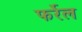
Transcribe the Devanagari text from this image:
फर्रेल